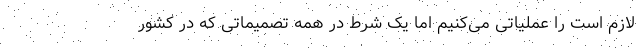
لازم است را عملیاتی می‌کنیم اما یک شرط در همه تصمیماتی که در کشور